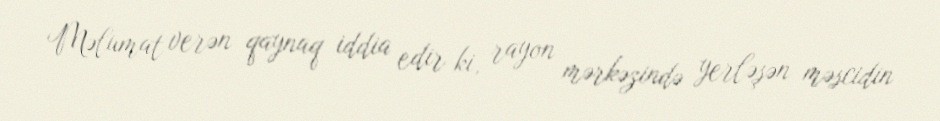
Məlumat verən qaynaq iddia edir ki, rayon mərkəzində yerləşən məscidin